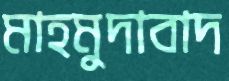
মাহমুদাবাদ